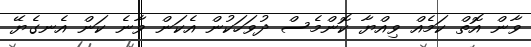
ވާން އޮތް ކަމެއް ވިއްޔާ ކޮންމެސް ދުވަހަކުން އެކަން ވާނެ ކަން އެނގެޔޭ